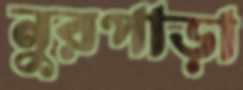
নুরপাড়া